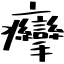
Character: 癴